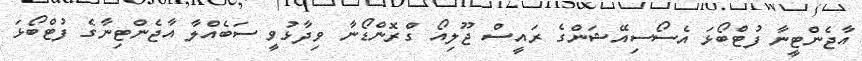
އާޖެންޓީނާ ފުޓްބޯޅަ އެސޯސިއޭޝަންގެ ރައީސް ޖޫލިއޯ ގްރޮންޑޯނާ ވިދާޅުވީ ސަބެއްލާ އާޖެންޓިނާގެ ފުޓްބޯޅަ